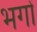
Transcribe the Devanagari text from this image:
भगों